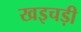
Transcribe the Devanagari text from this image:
खइचड़ी